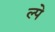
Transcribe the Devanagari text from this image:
ल्पे